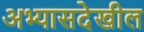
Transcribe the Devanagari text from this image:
अभ्यासदेखील